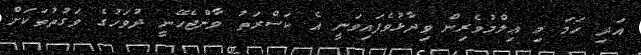
އަދި ހަމަ މި ޢިލްމުވެރިން ވިދާޅުވެފައިވަނީ އެ ކަސްރަތު ވާންޖެހޭނީ ދުވަހުގެ ވަގުތުތަކަށް